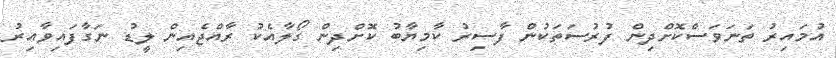
އުމައިރު ތަނަވަސްކޮށްދިން ފުރުސަތަކުން ފާސިރު ކާމިޔާބު ކޮށްދިން ގޯލާއެކު ރާއްޖެއިން ލީޑު ނަގާފައިވާއިރު